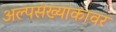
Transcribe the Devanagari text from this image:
अल्पसंख्याकावर